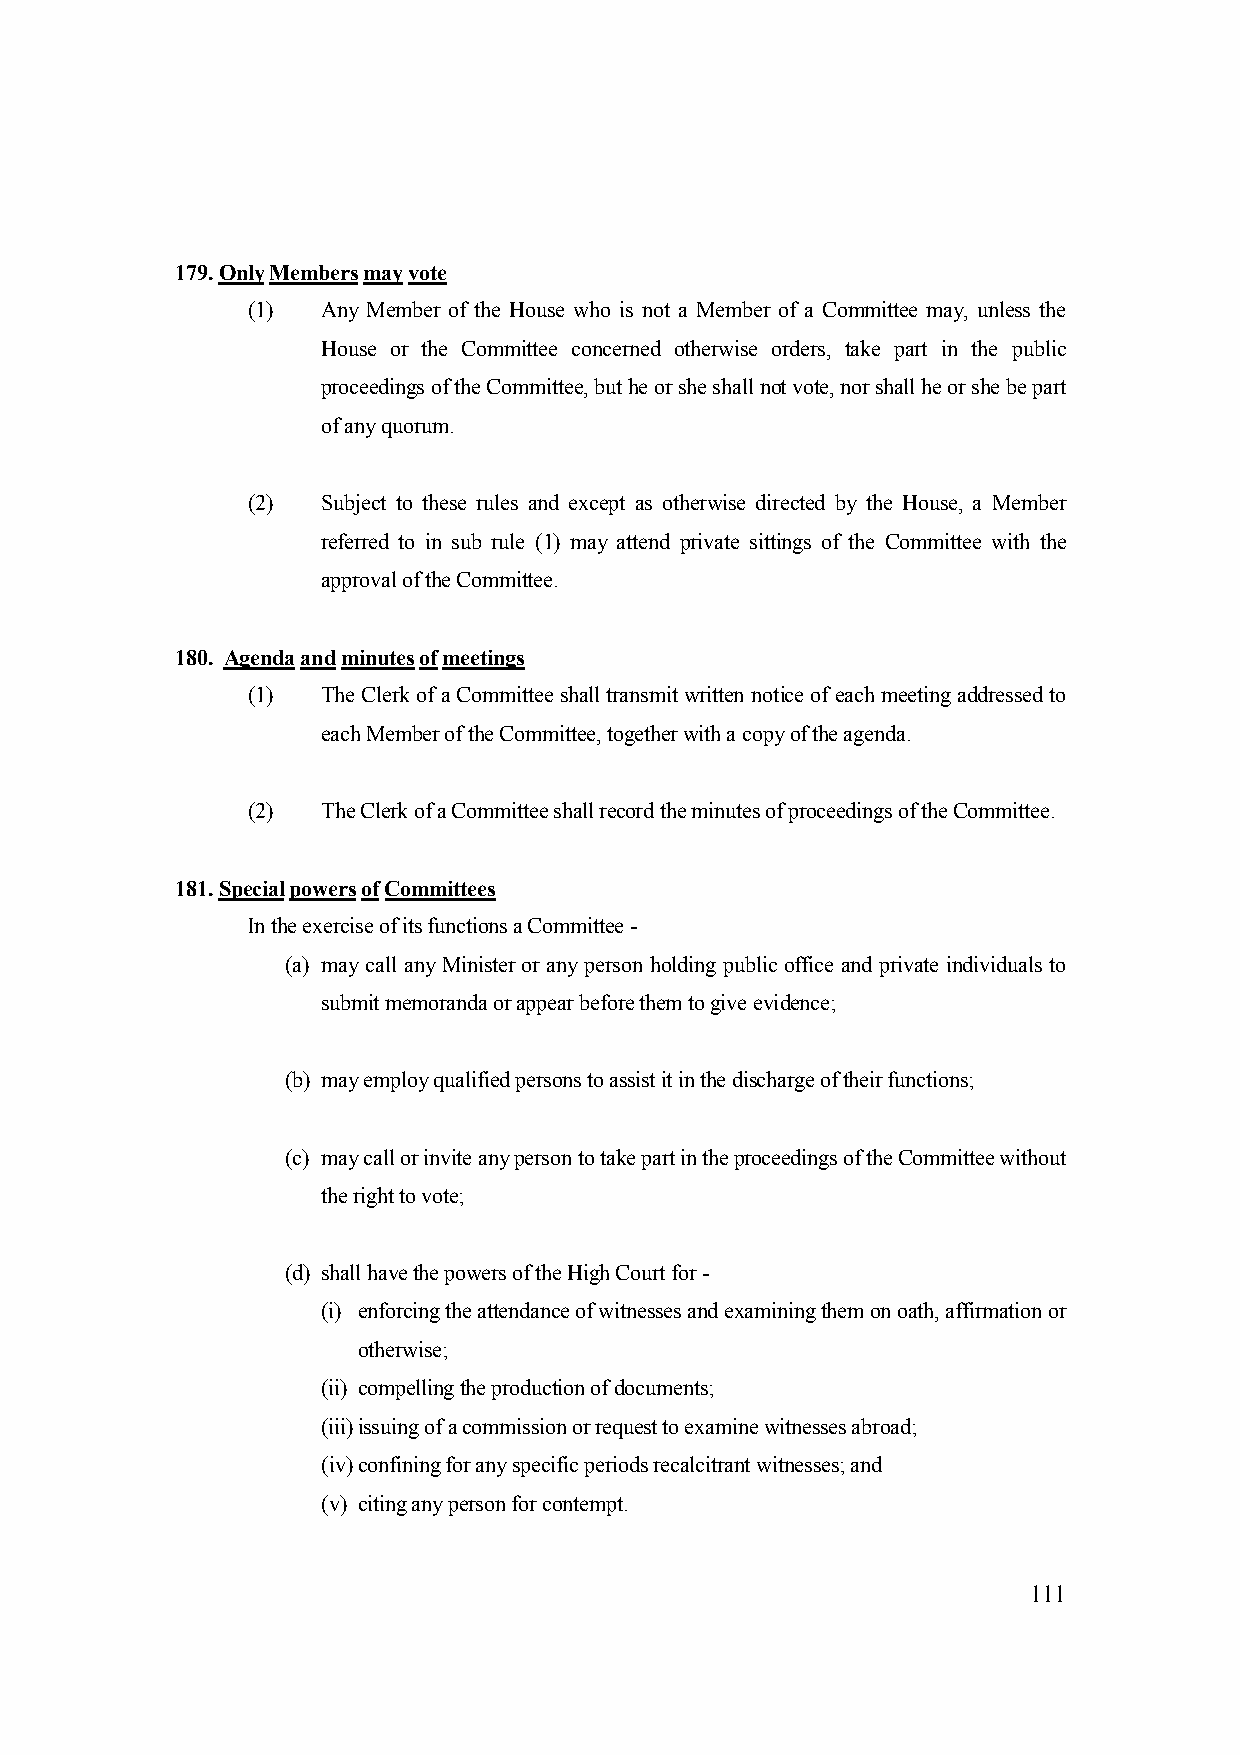
179. Only Members may vote
 (1)  Any Member of the House who is not a Member of a Committee may, unless the
 House or the Committee concerned otherwise orders, take part in the public
 proceedings of the Committee, but he or she shall not vote, nor shall he or she be part
 of any quorum.
 (2)  Subject to these rules and except as otherwise directed by the House, a Member
 referred to in sub rule (1) may attend private sittings of the Committee with the
 approval of the Committee.
 180. Agenda and minutes of meetings
 (1)  The Clerk of a Committee shall transmit written notice of each meeting addressed to
 each Member of the Committee, together with a copy of the agenda.
 (2)  The Clerk of a Committee shall record the minutes of proceedings of the Committee.
 181. Special powers of Committees
 In the exercise of its functions a Committee -
 (a) may call any Minister or any person holding public office and private individuals to
 submit memoranda or appear before them to give evidence;
 (b) may employ qualified persons to assist it in the discharge of their functions;
 (c) may call or invite any person to take part in the proceedings of the Committee without
 the right to vote;
 (d) shall have the powers of the High Court for -
 (i) enforcing the attendance of witnesses and examining them on oath, affirmation or
 otherwise;
 (ii) compelling the production of documents;
 (iii) issuing of a commission or request to examine witnesses abroad;
 (iv) confining for any specific periods recalcitrant witnesses; and
 (v) citing any person for contempt.
 111